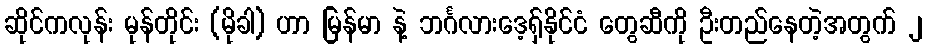
ဆိုင်ကလုန်း မုန်တိုင်း (မိုခါ) ဟာ မြန်မာ နဲ့ ဘင်္ဂလားဒေ့ရှ်နိုင်ငံ တွေဆီကို ဦးတည်နေတဲ့အတွက် ၂